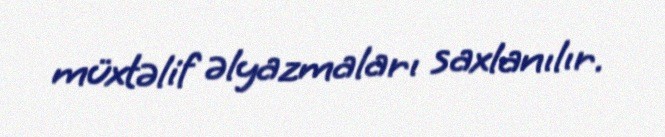
müxtəlif əlyazmaları saxlanılır.